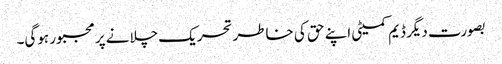
بصورت دیگر ڈیم کمیٹی اپنے حق کی خاطر تحریک چلانے پر مجبور ہوگی۔